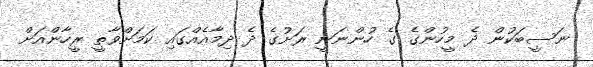
ނަސީބަކުން ދެ މީހުންގެ ގެ ހުންނަނީ ރަށުގެ ދެ ދިމާއެއްގައި ކަމަށްވާތީ ރީހާންއަށް